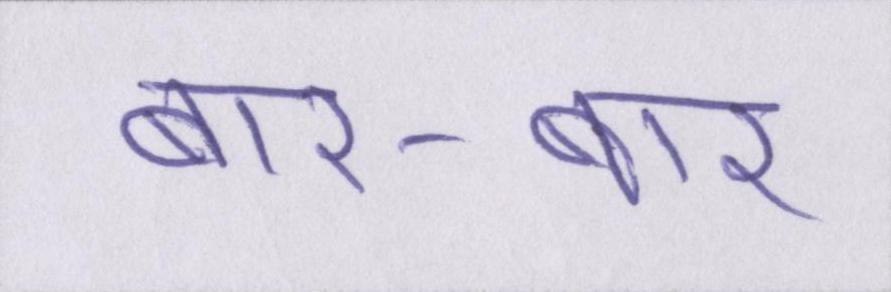
बार-बार